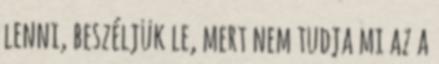
lenni, beszéljük le, mert nem tudja mi az a